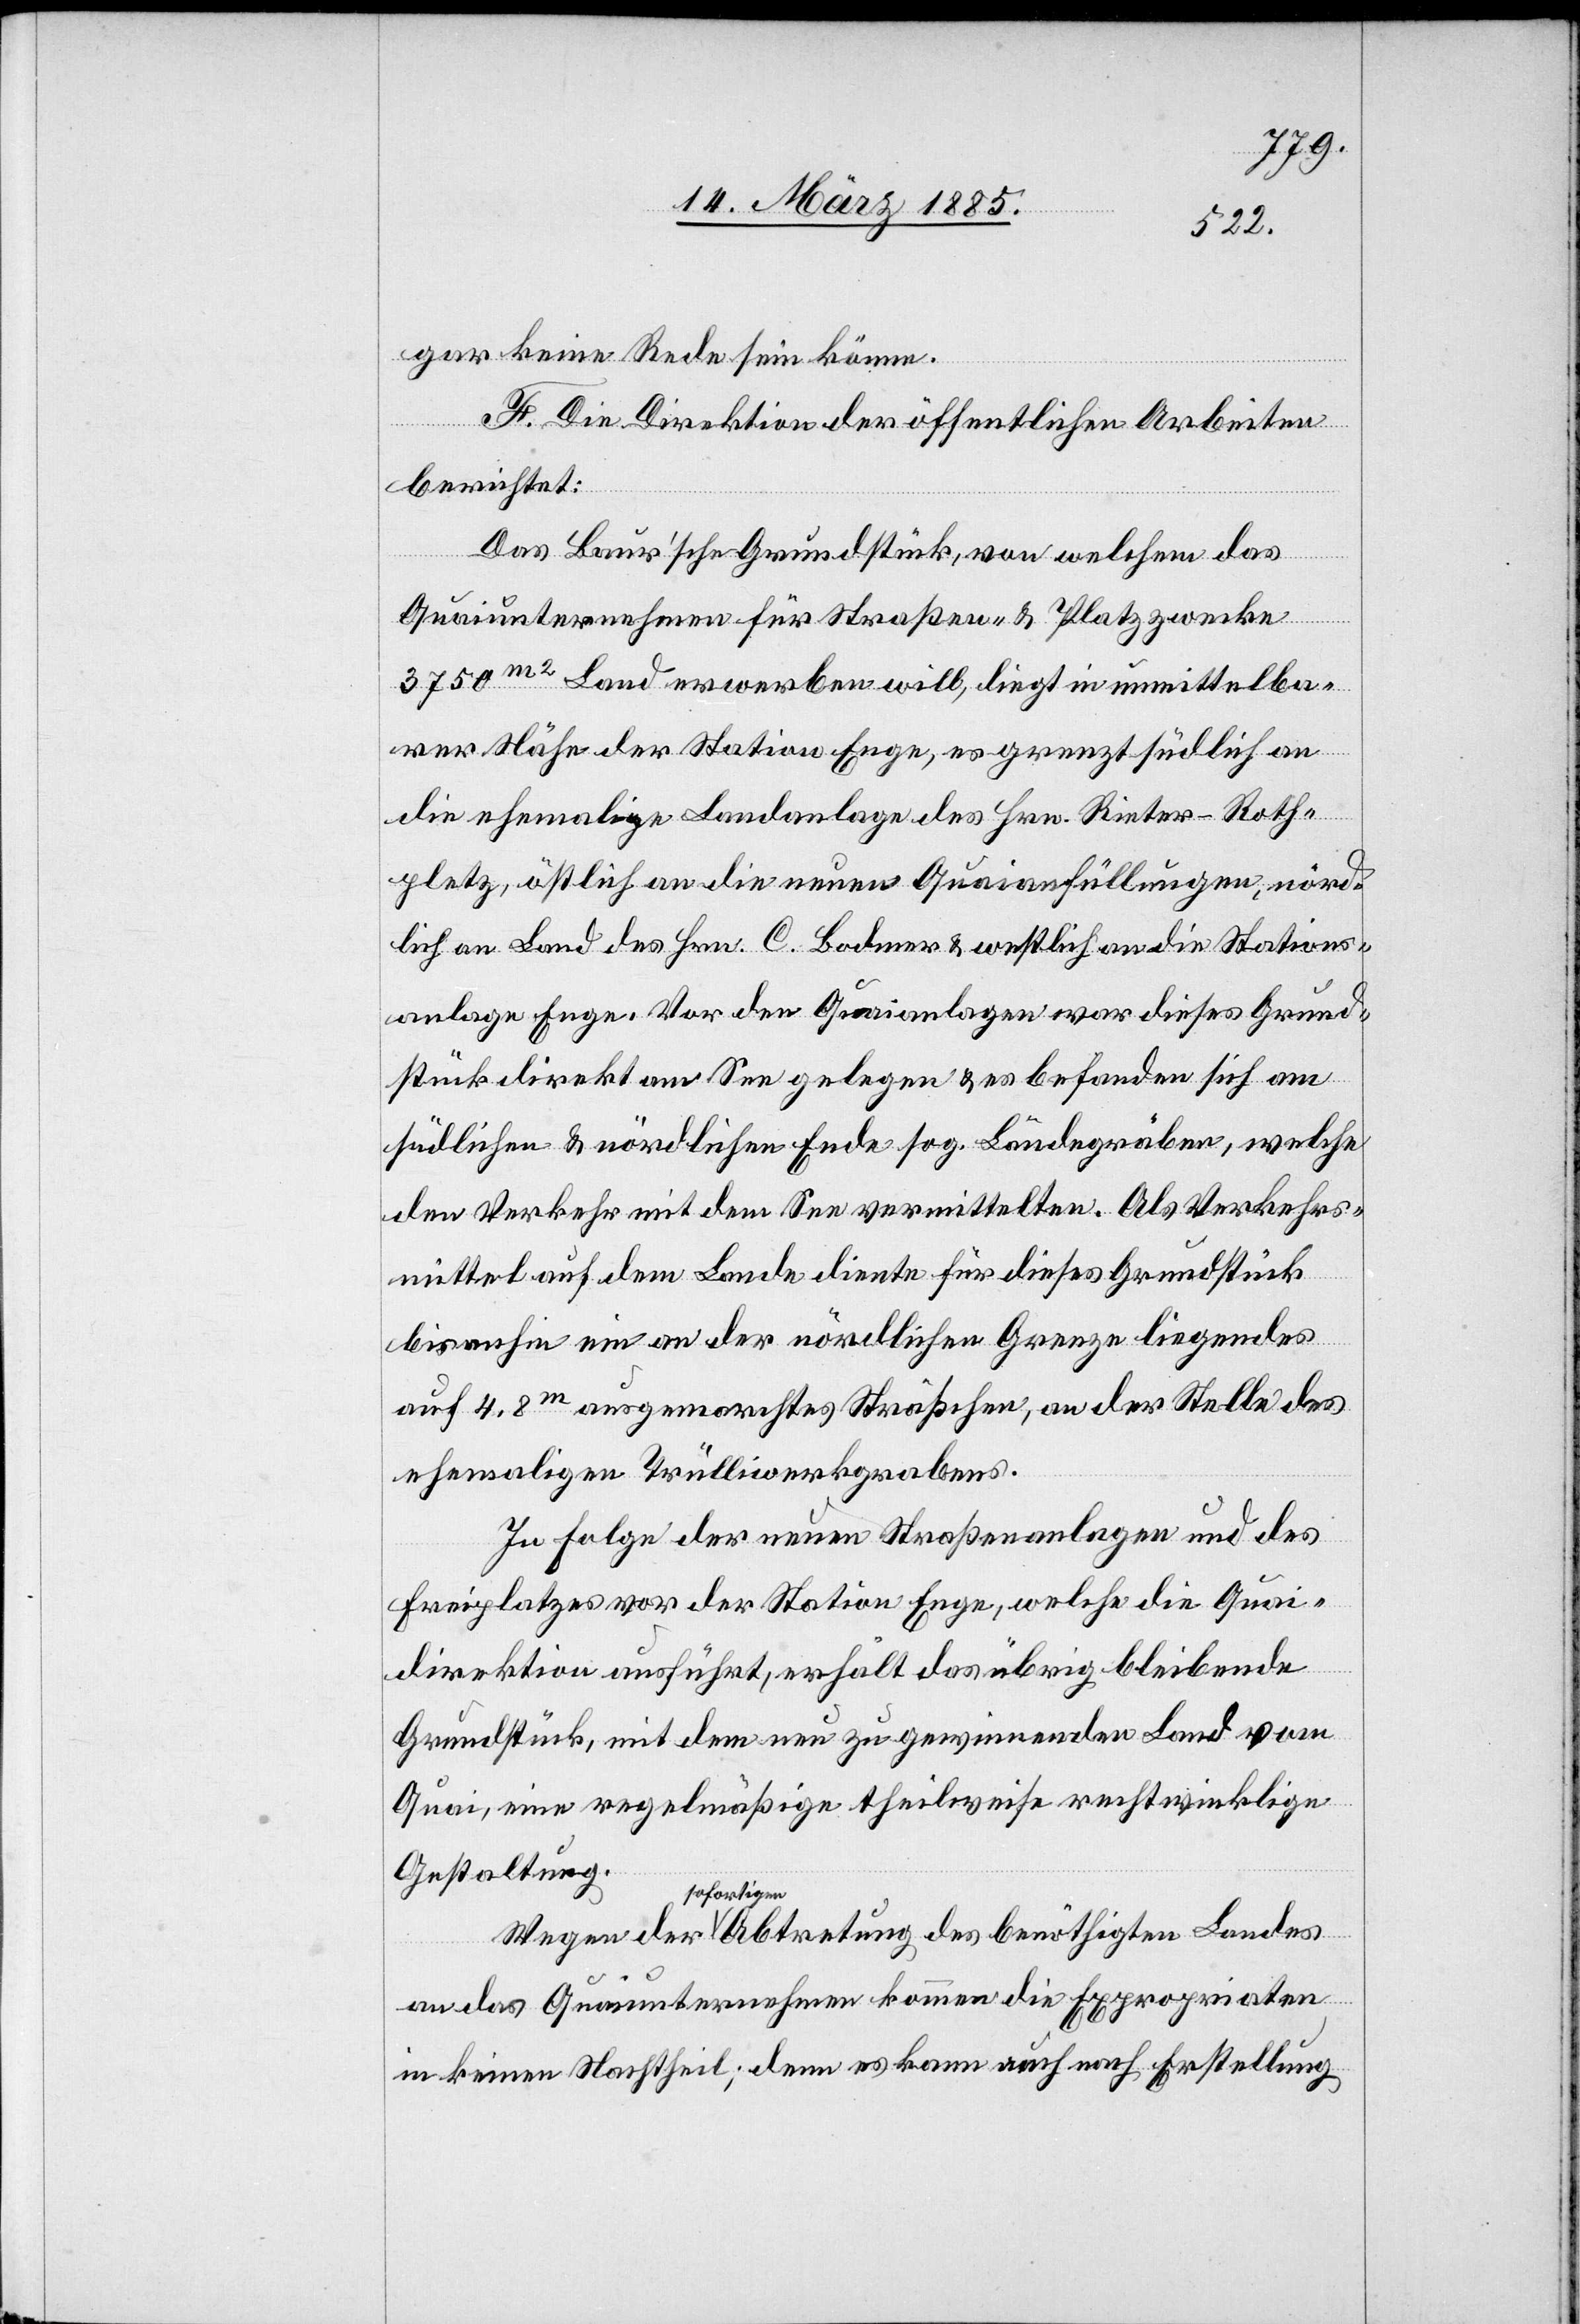
gar keine Rede sein könne.
F. Die Direktion der öffentlichen Arbeiten
berichtet:
Das Baur’sche Grundstück, von welchem das
Quaiunternehmen für Straßen- & Platzzwecke
3750 m2 Land erwerben will, liegt in unmittelba¬
rer Nähe der Station Enge, es grenzt südlich an
die ehemalige Landanlage des Hrn. Rieter-Roth¬
platz, östlich an die neuen Quaianfüllungen, nörd¬
lich an Land des Hrn. C. Bodmer & westlich an die Stations¬
anlage Enge. Vor den Quaianlagen war dieses Grund¬
stück direkt am See gelegen & es befanden sich am
südlichen & nördlichen Ende sog. Ländegräben, welche
den Verkehr mit dem See vermittelten. Als Verkehrs¬
mittel auf dem Lande diente für dieses Grundstück
bis anhin ein an der nördlichen Grenze liegendes
auf 4,8m ausgemarchtes Sträßchen, an der Stelle des
ehemaligen Trülliwerkgrabens.
In Folge der neuen Straßenanlagen und des
Freiplatzes vor der Station Enge, welche die Quai¬
direktion ausführt, erhält das übrig bleibende
Grundstück, mit dem neu zu gewinnenden Land vom
Quai, eine regelmäßige theilweise rechtwinklige
Gestaltung.
sofortigen
an das Quaiunternehmen kommen die Expropriaten
in keinen Nachtheil; denn es kann auch nach Erstellung